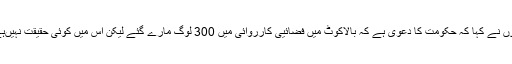
انہوں نے کہا کہ حکومت کا دعویٰ ہے کہ بالاکوٹ میں فضائیی کارروائی میں 300 لوگ مارے گئے لیکن اس میں کوئی حقیقت نہیںہے؟